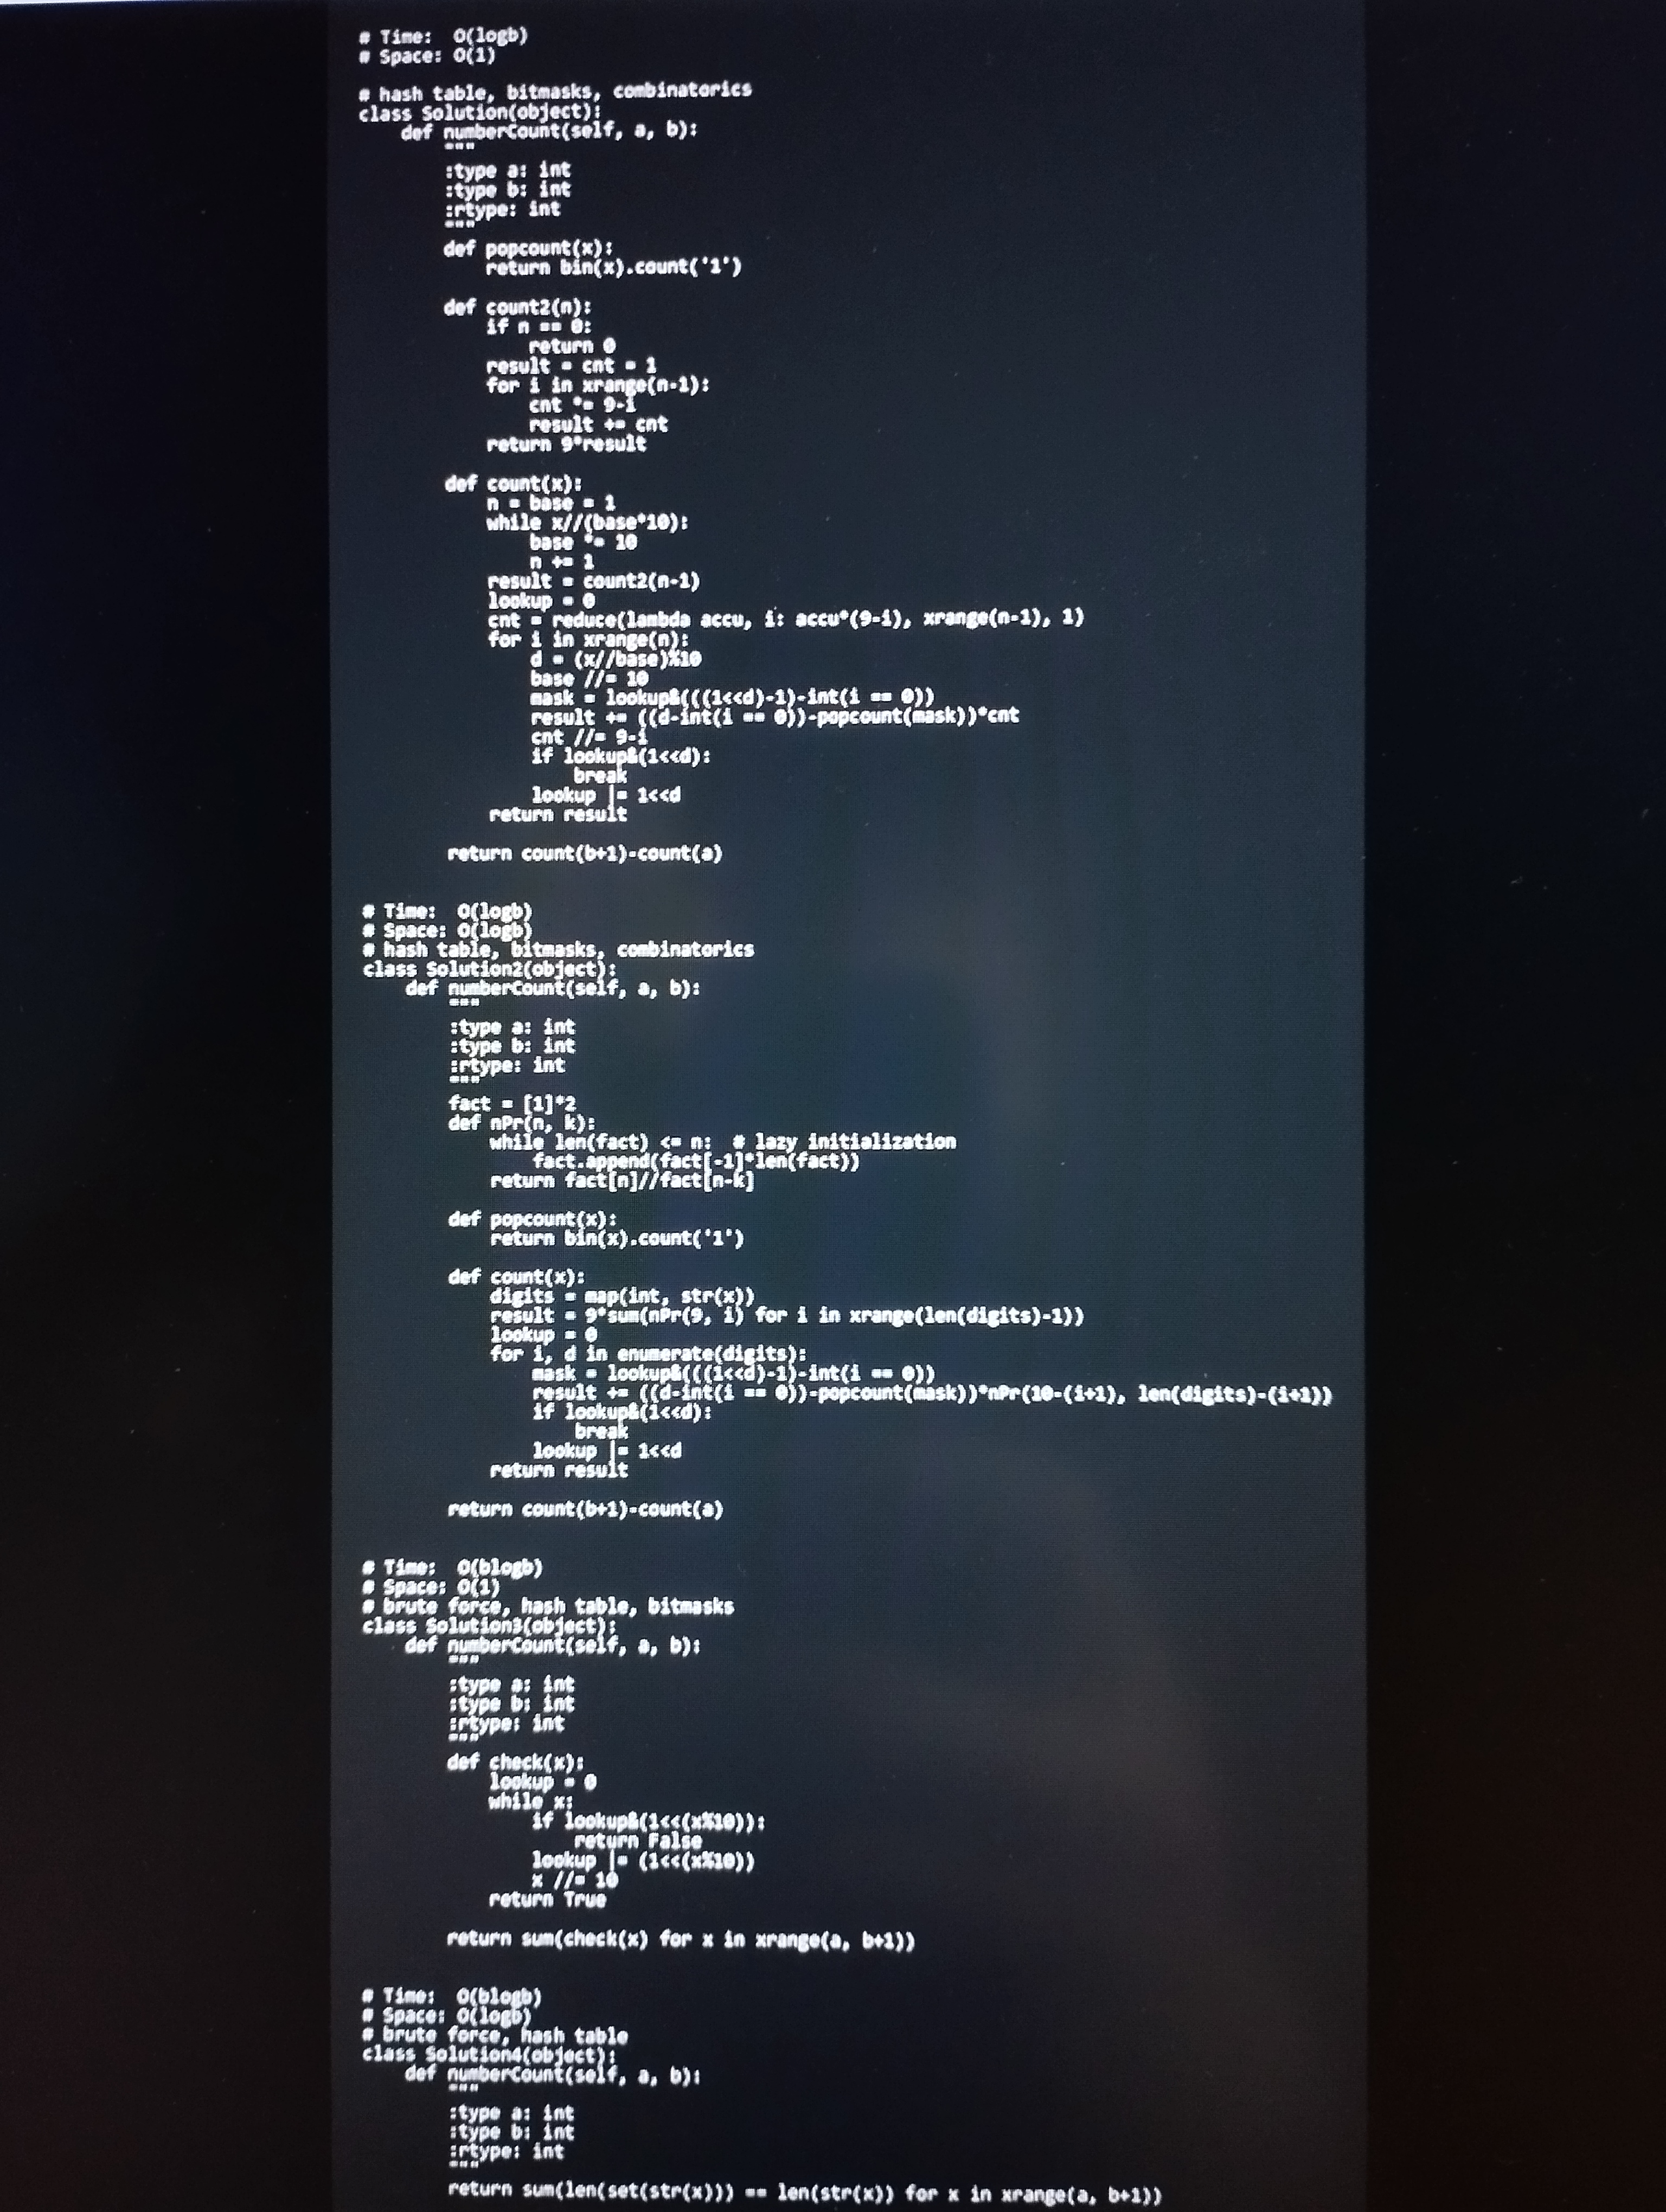
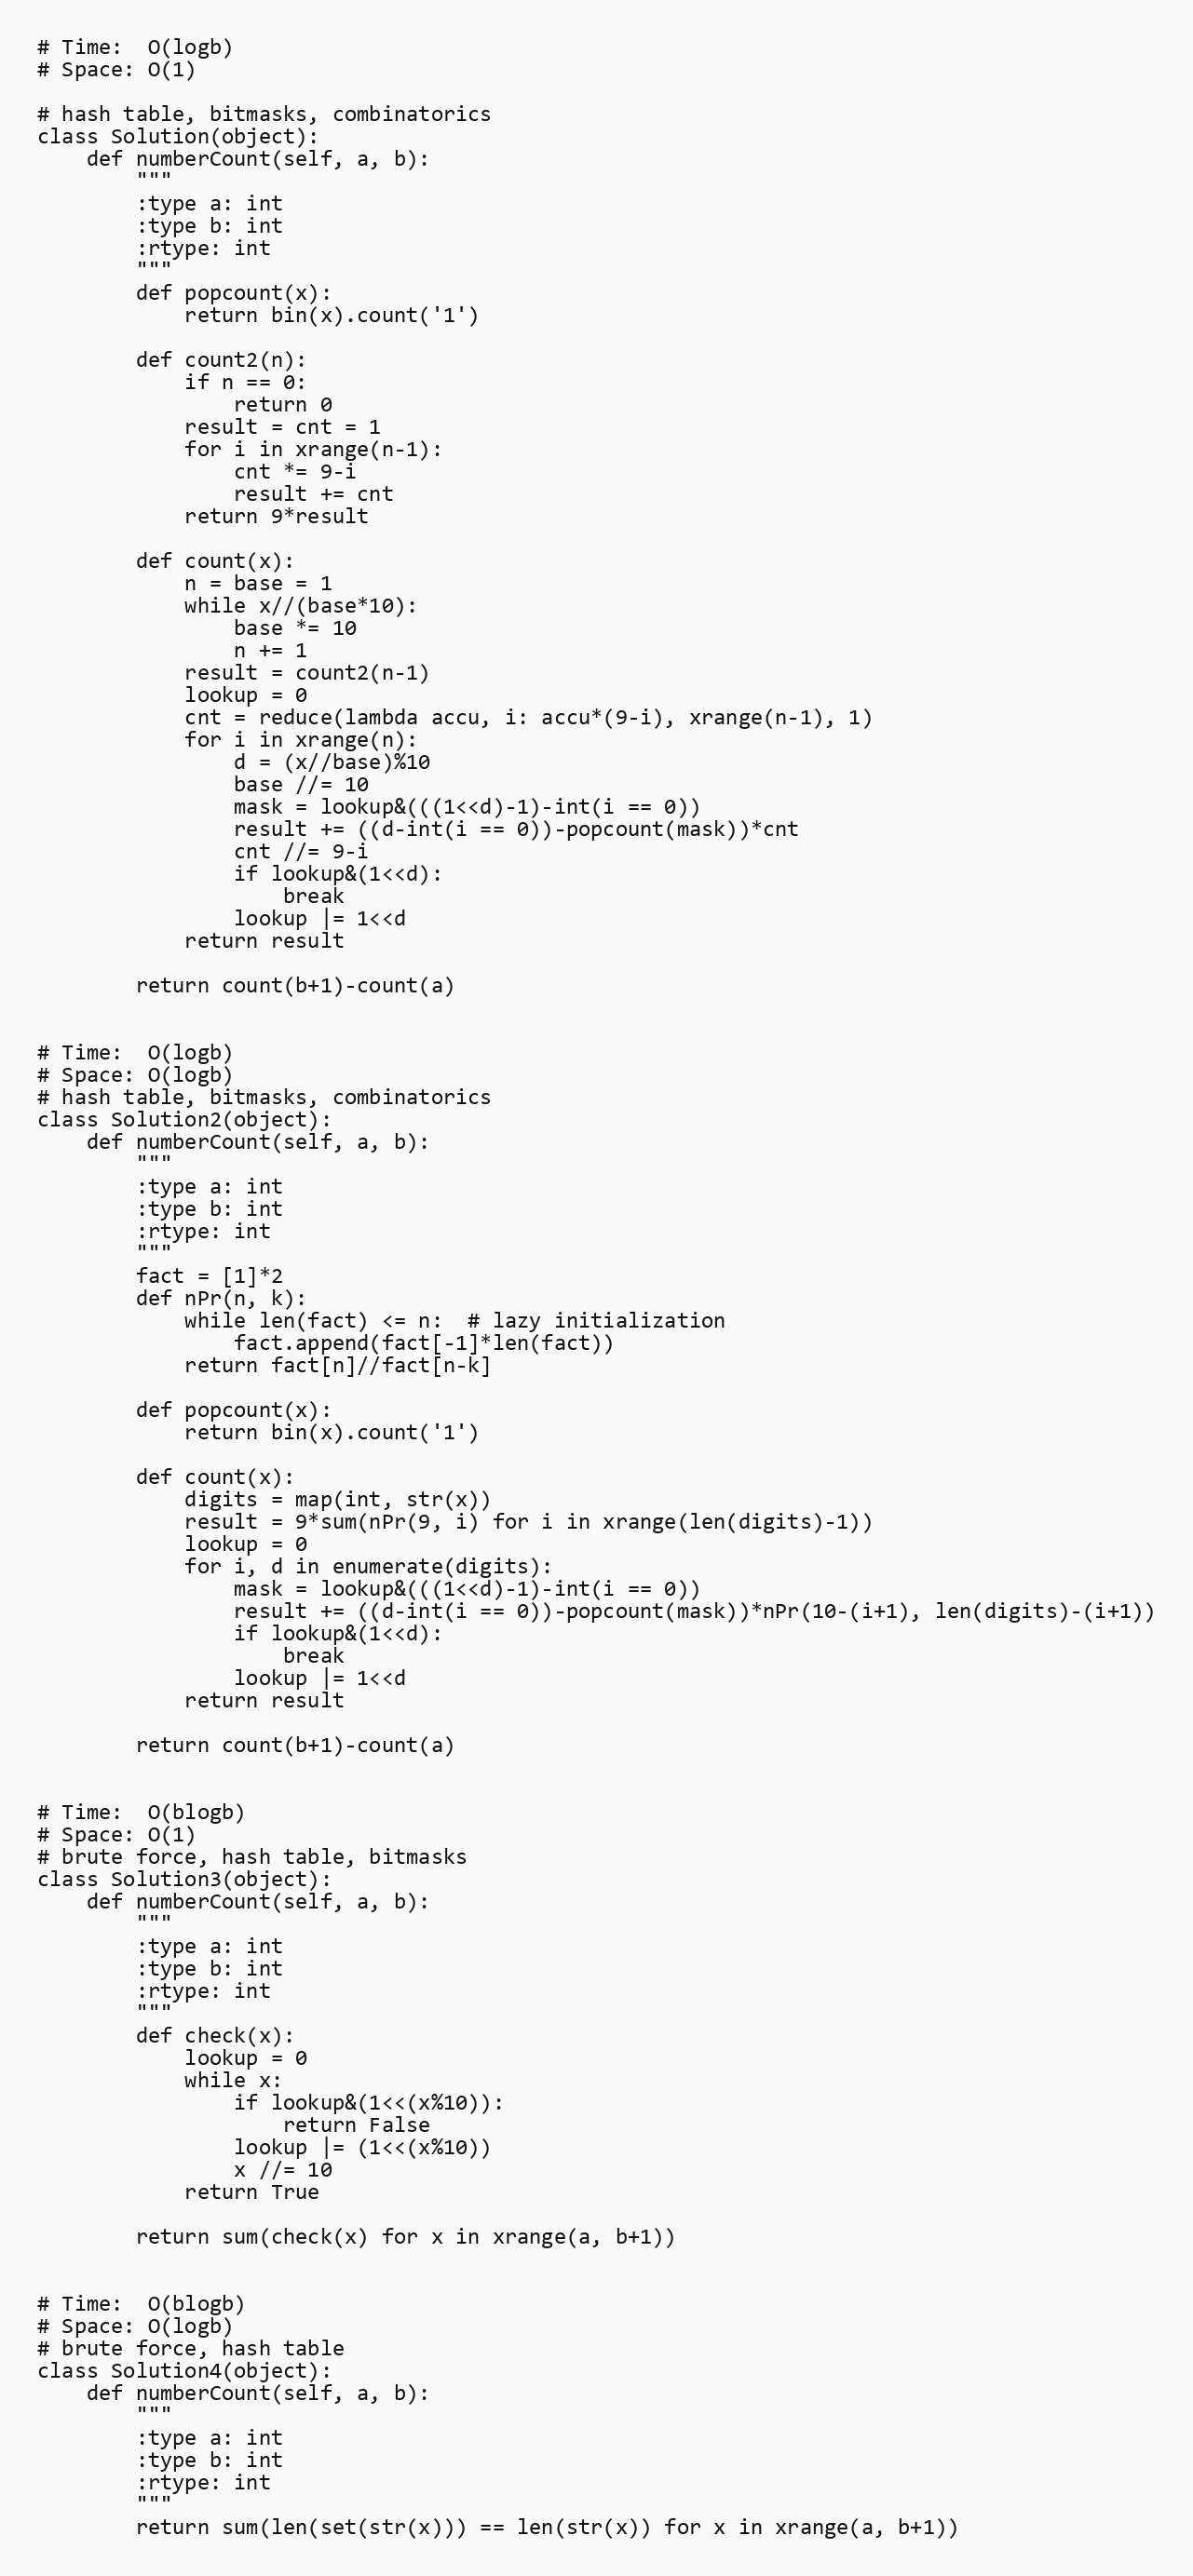
# Time:  O(logb)
# Space: O(1)

# hash table, bitmasks, combinatorics
class Solution(object):
    def numberCount(self, a, b):
        """
        :type a: int
        :type b: int
        :rtype: int
        """
        def popcount(x):
            return bin(x).count('1')

        def count2(n):
            if n == 0:
                return 0
            result = cnt = 1
            for i in xrange(n-1):
                cnt *= 9-i
                result += cnt
            return 9*result

        def count(x):
            n = base = 1
            while x//(base*10):
                base *= 10
                n += 1
            result = count2(n-1)
            lookup = 0
            cnt = reduce(lambda accu, i: accu*(9-i), xrange(n-1), 1)
            for i in xrange(n):
                d = (x//base)%10
                base //= 10
                mask = lookup&(((1<<d)-1)-int(i == 0))
                result += ((d-int(i == 0))-popcount(mask))*cnt
                cnt //= 9-i
                if lookup&(1<<d):
                    break
                lookup |= 1<<d
            return result

        return count(b+1)-count(a)

# Time:  O(logb)
# Space: O(logb)
# hash table, bitmasks, combinatorics
class Solution2(object):
    def numberCount(self, a, b):
        """
        :type a: int
        :type b: int
        :rtype: int
        """
        fact = [1]*2
        def nPr(n, k):
            while len(fact) <= n:  # lazy initialization
                fact.append(fact[-1]*len(fact))
            return fact[n]//fact[n-k]

        def popcount(x):
            return bin(x).count('1')

        def count(x):
            digits = map(int, str(x))
            result = 9*sum(nPr(9, i) for i in xrange(len(digits)-1))
            lookup = 0
            for i, d in enumerate(digits):
                mask = lookup&(((1<<d)-1)-int(i == 0))
                result += ((d-int(i == 0))-popcount(mask))*nPr(10-(i+1), len(digits)-(i+1))
                if lookup&(1<<d):
                    break
                lookup |= 1<<d
            return result

        return count(b+1)-count(a)

# Time:  O(blogb)
# Space: O(1)
# brute force, hash table, bitmasks
class Solution3(object):
    def numberCount(self, a, b):
        """
        :type a: int
        :type b: int
        :rtype: int
        """
        def check(x):
            lookup = 0
            while x:
                if lookup&(1<<(x%10)):
                    return False
                lookup |= (1<<(x%10))
                x //= 10
            return True

        return sum(check(x) for x in xrange(a, b+1))

# Time:  O(blogb)
# Space: O(logb)
# brute force, hash table
class Solution4(object):
    def numberCount(self, a, b):
        """
        :type a: int
        :type b: int
        :rtype: int
        """
        return sum(len(set(str(x))) == len(str(x)) for x in xrange(a, b+1))